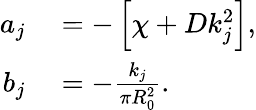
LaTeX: \begin{array}{rl}{a_{j}}&{{}=-\left[\chi+Dk_{j}^{2}\right],}\\ {b_{j}}&{{}=-\frac{k_{j}}{\pi R_{0}^{2}}.}\end{array}